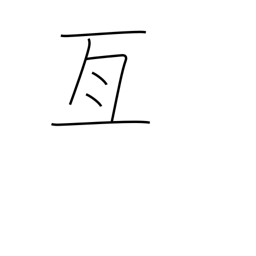
Meaning: cover